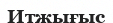
Итжығыс